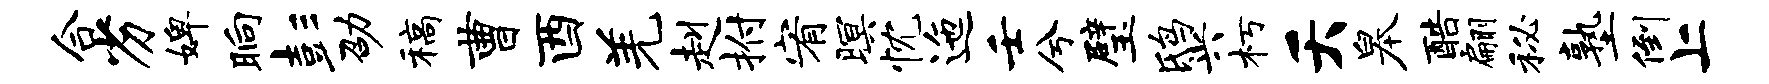
合劣婢晌彭劭稿曹酉羌赳拊宥暝忱迤壬兮璧鸱兴朽夭皋酷翩秘塾倒上